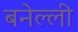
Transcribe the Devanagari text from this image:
बनेल्ली